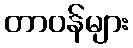
တာဝန်များ